Leningradi_Edasi_toimetus, lk 184
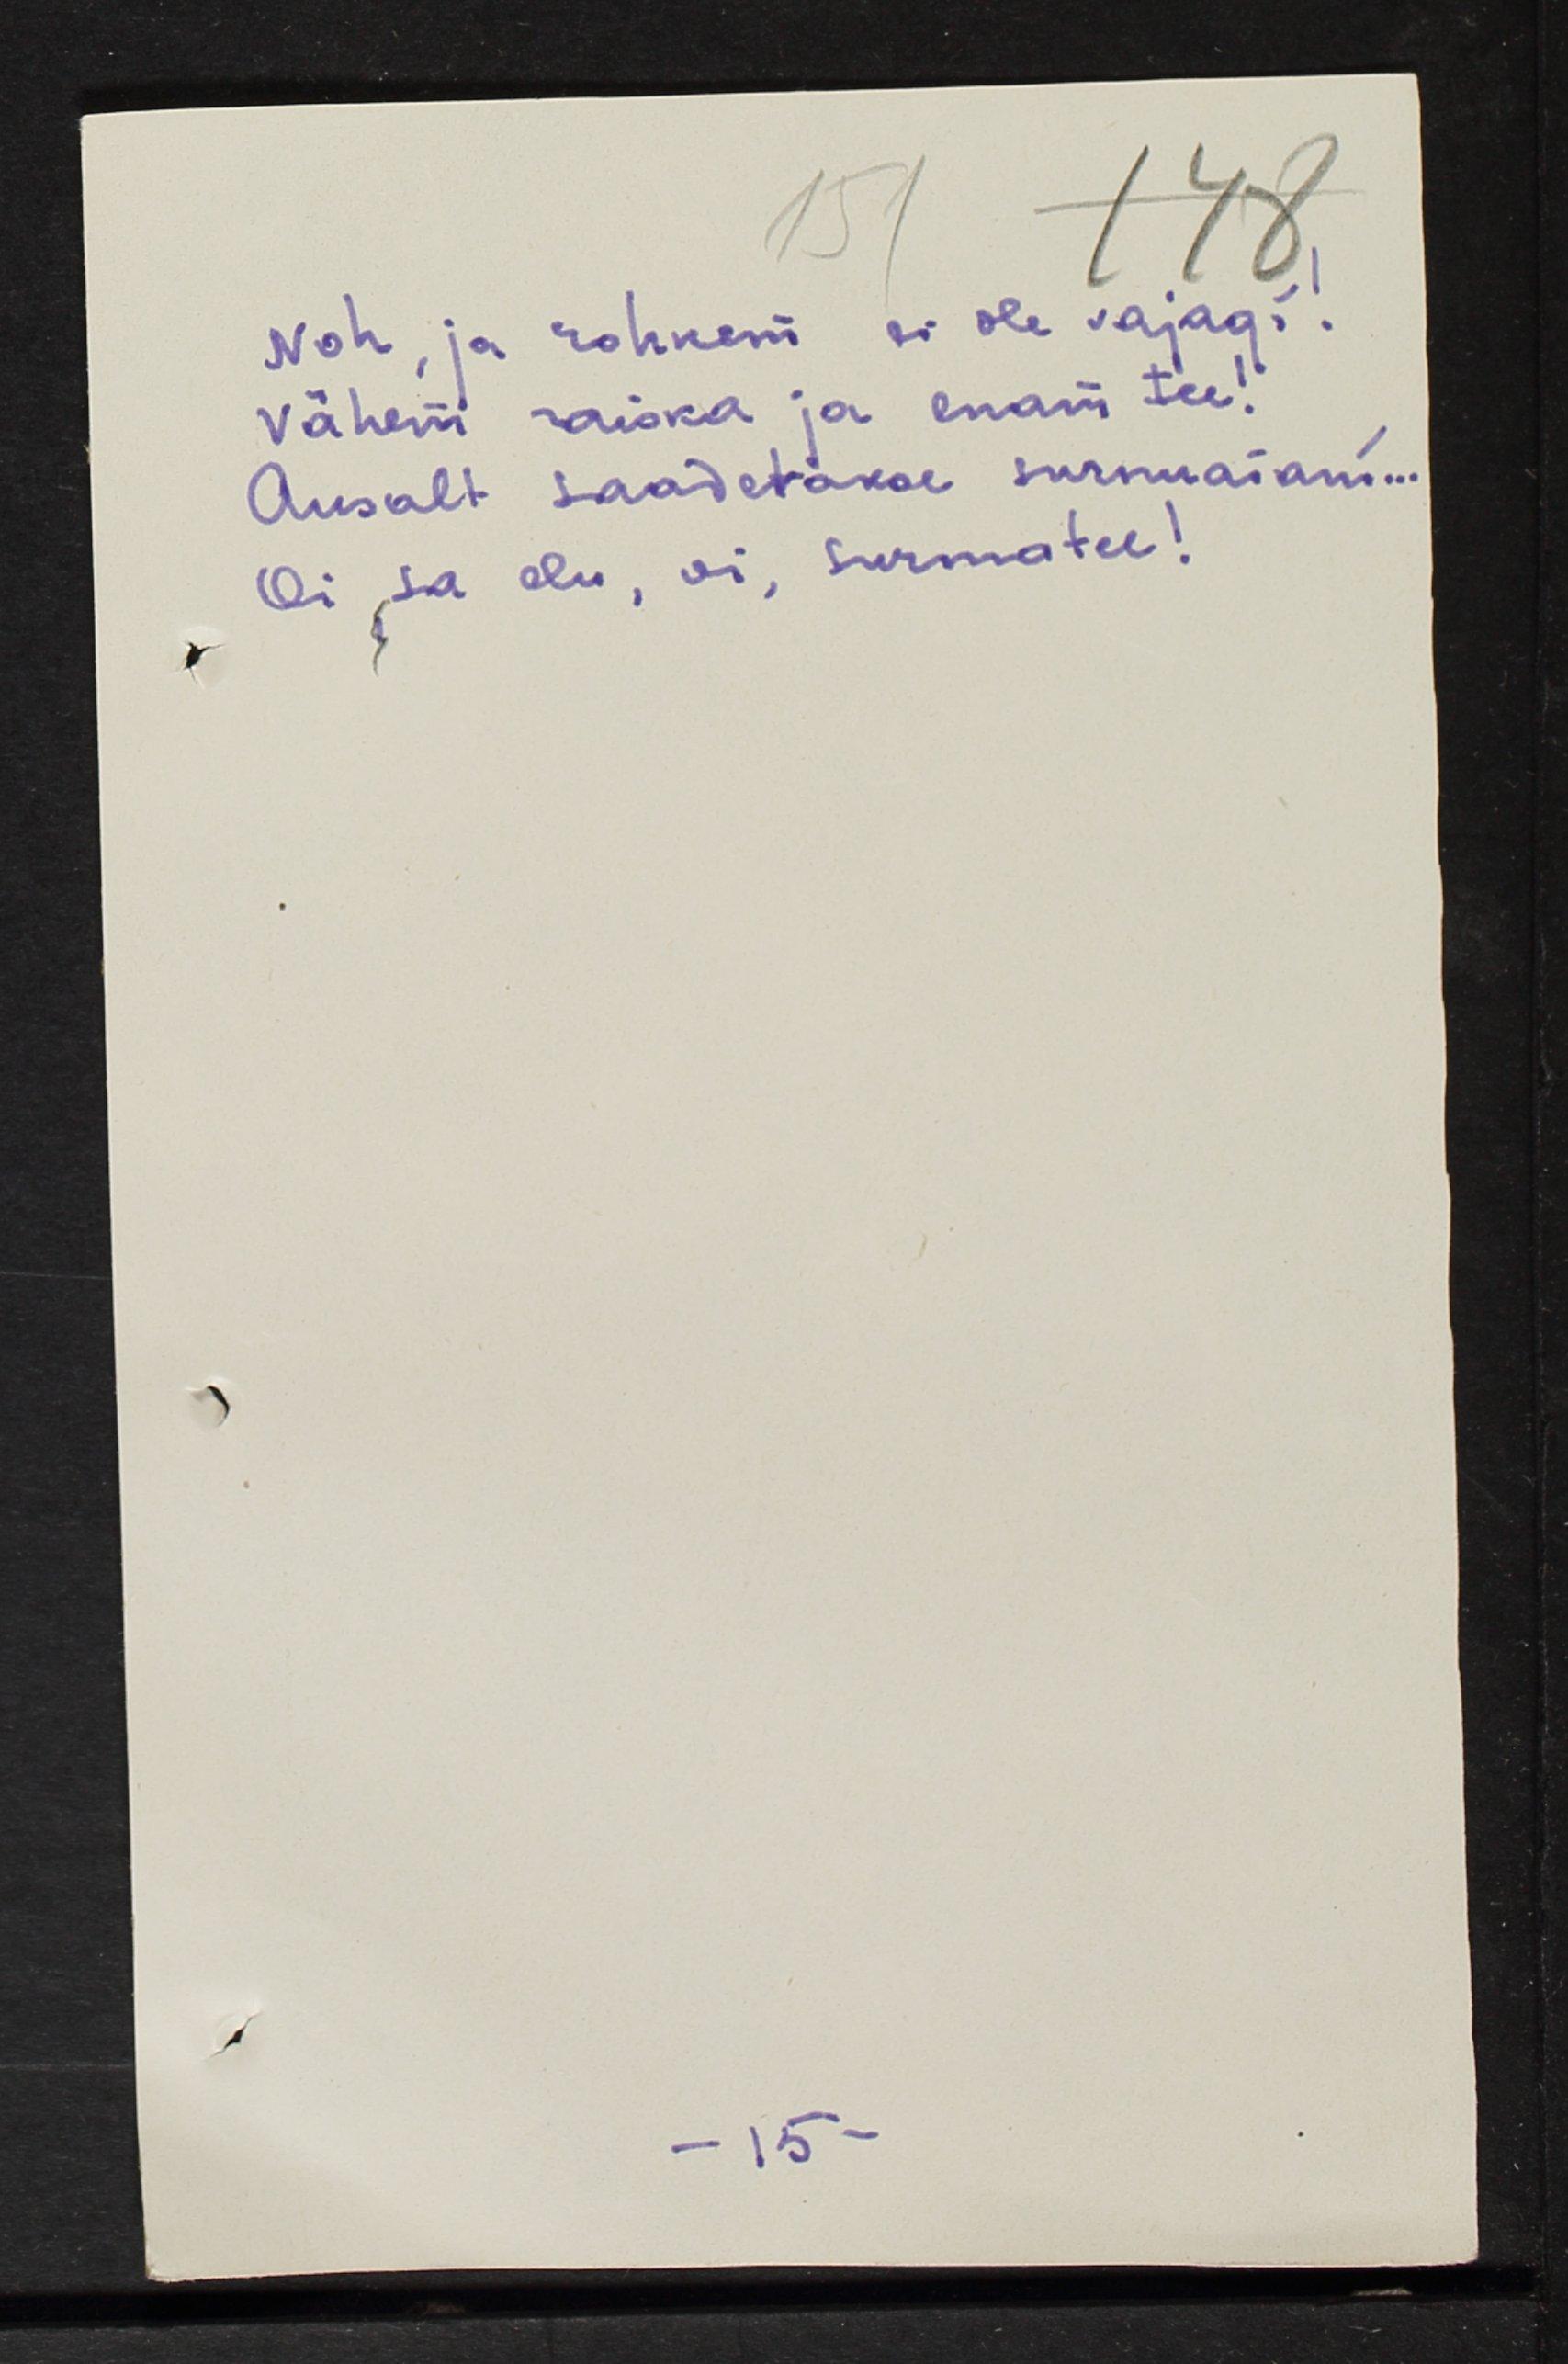
Noh, ja rohkem ei ole vajagi!
Vähem raiska ja enam tee!
Ausalt saadetakse surnuaiani...
Oi sa elu, oi, surmatee!